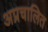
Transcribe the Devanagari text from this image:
अप्रचालित